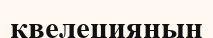
квелецияның